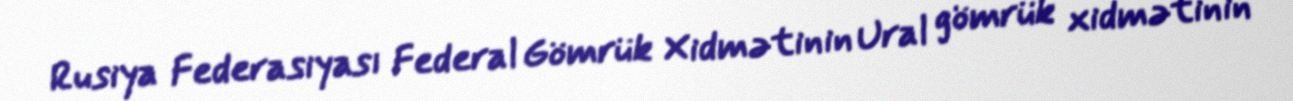
Rusiya Federasiyası Federal Gömrük Xidmətinin Ural gömrük xidmətinin